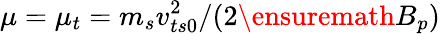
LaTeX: \mu=\mu_{t}=m_{s}v_{ts0}^{2}/(2\ensuremath{B_{p}})